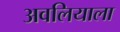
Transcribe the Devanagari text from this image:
अवलियाला